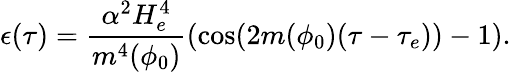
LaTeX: \epsilon(\tau)=\frac{\alpha^{2}H_{e}^{4}}{m^{4}(\phi_{0})}(\cos(2m(\phi_{0})(\tau-\tau_{e}))-1).